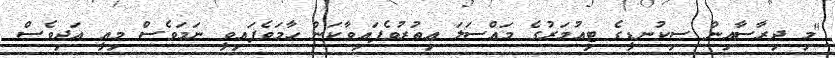
"މި ދިރާސާއިން ސިކުނޑީގެ ޓިއުމަރުގެ މައްސަލަ އިތުރުވެފައިވާކަން ހާމަވެފައިވީ ނަމަވެސް މިއީ އަދިވެސް